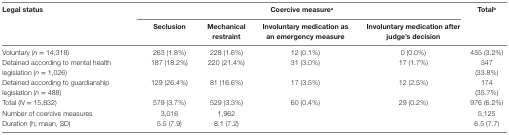
<table><thead><tr><td><b>Legal status</b></td><td colspan="4"><b>Coercive measure<sup>a</sup></b></td><td><b>Total<sup>b</sup></b></td></tr><tr><td></td><td><b>Seclusion</b></td><td><b>Mechanical restraint</b></td><td><b>Involuntary medication as an emergency measure</b></td><td><b>Involuntary medication after judge’s decision</b></td><td></td></tr></thead><tbody><tr><td>Voluntary (<i>n</i> = 14,318)</td><td>263 (1.8%)</td><td>228 (1.6%)</td><td>12 (0.1%)</td><td>0 (0.0%)</td><td>455 (3.2%)</td></tr><tr><td>Detained according to mental health legislation (<i>n</i> = 1,026)</td><td>187 (18.2%)</td><td>220 (21.4%)</td><td>31 (3.0%)</td><td>17 (1.7%)</td><td>347 (33.8%)</td></tr><tr><td>Detained according to guardianship legislation (<i>n</i> = 488)</td><td>129 (26.4%)</td><td>81 (16.6%)</td><td>17 (3.5%)</td><td>12 (2.5%)</td><td>174 (35.7%)</td></tr><tr><td>Total (<i>N</i> = 15,832)</td><td>579 (3.7%)</td><td>529 (3.3%)</td><td>60 (0.4%)</td><td>29 (0.2%)</td><td>976 (6.2%)</td></tr><tr><td>Number of coercive measures</td><td>3,016</td><td>1,962</td><td></td><td></td><td>5,125</td></tr><tr><td>Duration (h; mean, SD)</td><td>5.5 (7.9)</td><td>8.1 (7.2)</td><td></td><td></td><td>6.5 (7.7)</td></tr></tbody></table>